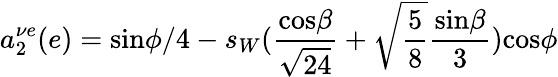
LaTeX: a_{2}^{\nu e}(e)=\mathrm{sin}\phi/4-s_{W}(\frac{\mathrm{cos}\beta}{\sqrt{24}}+\sqrt{\frac 58}\frac{\mathrm{sin}\beta}{3})\mathrm{cos}\phi